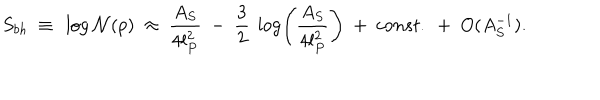
S _ { b h } ~ \equiv ~ \log { \cal N } ( p ) ~ \approx ~ { \frac { A _ { S } } { 4 l _ { P } ^ { 2 } } } ~ - ~ { \frac { 3 } { 2 } } ~ \log \left( { \frac { A _ { S } } { 4 l _ { P } ^ { 2 } } } \right) ~ + ~ c o n s t . ~ + ~ O ( A _ { S } ^ { - 1 } ) .